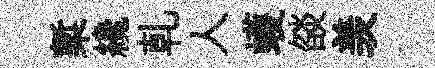
槧纔乹人蠖燄羡